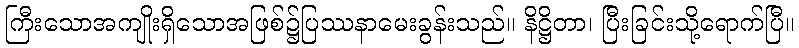
ကြီးသောအကျိုးရှိသောအဖြစ်၌ပြဿနာမေးခွန်းသည်။ နိဋ္ဌိတာ၊ ပြီးခြင်းသို့ရောက်ပြီ။